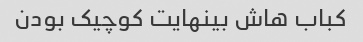
کباب هاش بینهایت کوچیک بودن